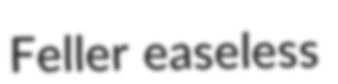
Feller easeless